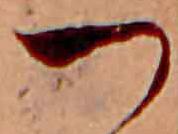
つ